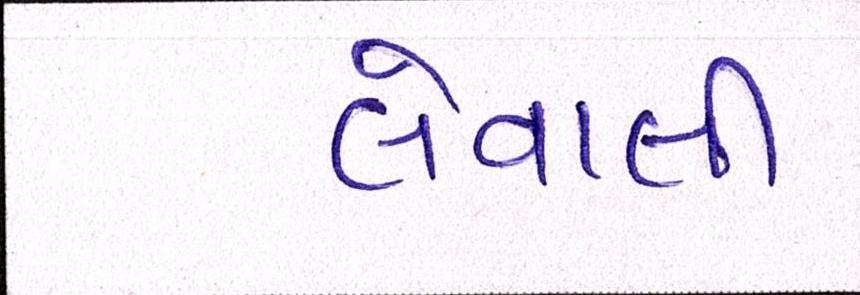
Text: લેવાલીઃ